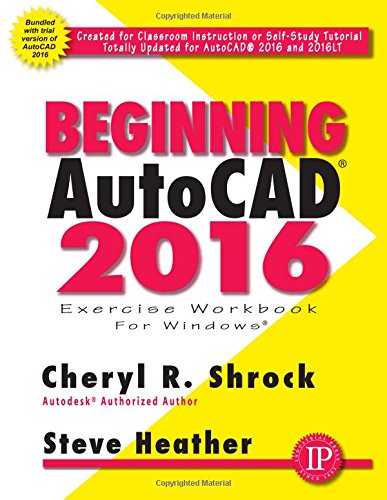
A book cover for Beginning AutoCAD 2016; Cheryl Shrock; Engineering & Transportation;